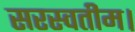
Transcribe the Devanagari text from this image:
सरस्वतीम।